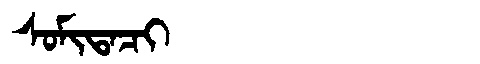
Manchu: ᠰᠣᠮᡳᡨᠠᠴᡳ
Romanization: SOMITACI